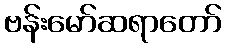
ဗန်းမော်ဆရာတော်